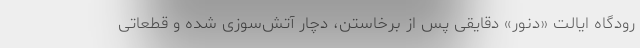
رودگاه ایالت «دنور» دقایقی پس از برخاستن، دچار آتش‌سوزی شده و قطعاتی